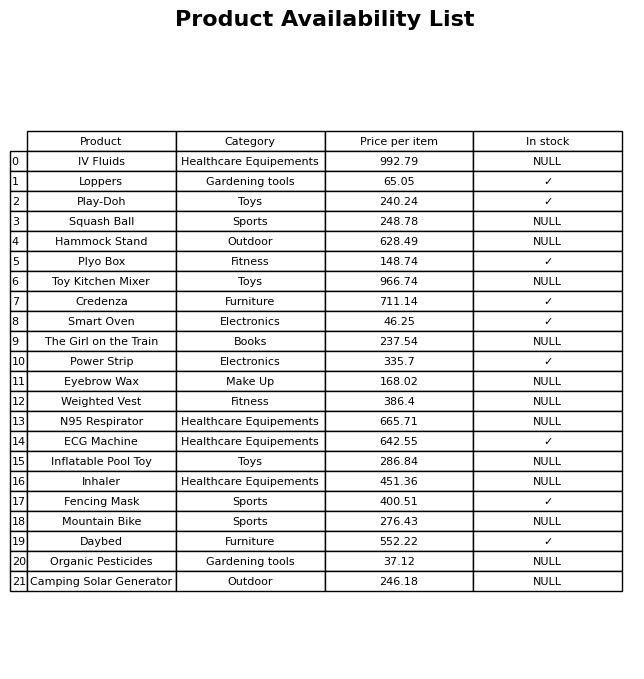
question: What is the price of the Credenza?
answer: The price of Credenza is 711.14.